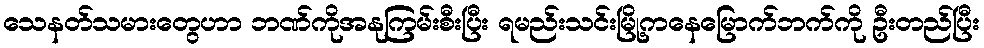
သေနတ်သမားတွေဟာ ဘဏ်ကိုအနုကြမ်းစီးပြီး ရမည်းသင်းမြို့ကနေမြောက်ဘက်ကို ဦးတည်ပြီး